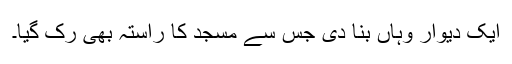
ایک دیوار وہاں بنا دی جس سے مسجد کا راستہ بھی رک گیا۔